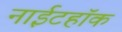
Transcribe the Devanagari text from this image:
नाईटहॉक